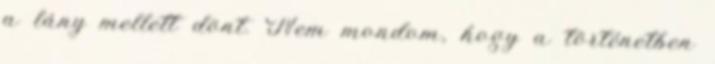
a lány mellett dönt. Nem mondom, hogy a történetben